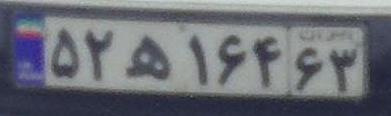
۵۲ه۱۶۴۳۶